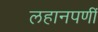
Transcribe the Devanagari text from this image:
लहानपणीं